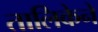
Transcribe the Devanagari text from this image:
तालिकेने